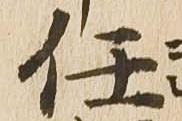
任